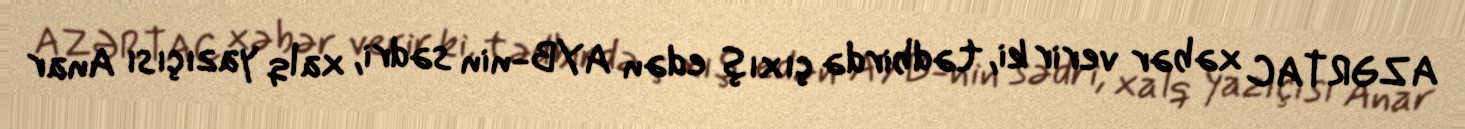
AZƏRTAC xəbər verir ki, tədbirdə çıxış edən AYB-nin sədri, xalq yazıçısı Anar